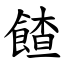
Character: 餷